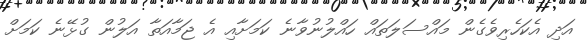
އަދި އެކަހެރިވެގެން މައްސަލަތައް ހައްލުނުވާނެ ކަމަށާއި އެ ޖަމާއަތާ އަލުން ގުޅޭނެ ކަމަށް